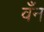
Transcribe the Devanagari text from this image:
वँन